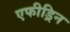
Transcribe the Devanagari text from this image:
एफीड्रिन